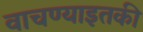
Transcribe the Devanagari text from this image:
वाचण्याइतकी